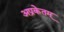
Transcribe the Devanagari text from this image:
अप्रकेतम्